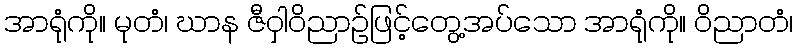
အာရုံကို။ မုတံ၊ ဃာန ဇီဝှါဝိညာဉ်ဖြင့်တွေ့အပ်သော အာရုံကို။ ဝိညာတံ၊